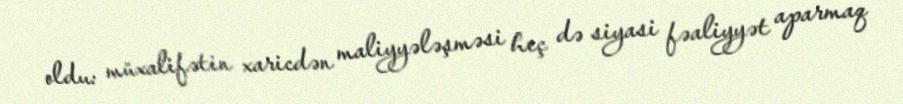
oldu: müxalifətin xaricdən maliyyələşməsi heç də siyasi fəaliyyət aparmaq